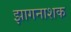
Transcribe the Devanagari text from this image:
झागनाशक